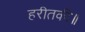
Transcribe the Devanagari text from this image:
हरीतकी॥